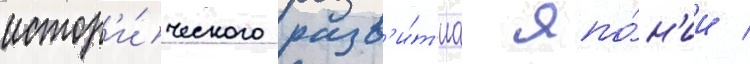
истор'и́ческого разв'и́т'иа япо́н'ии /